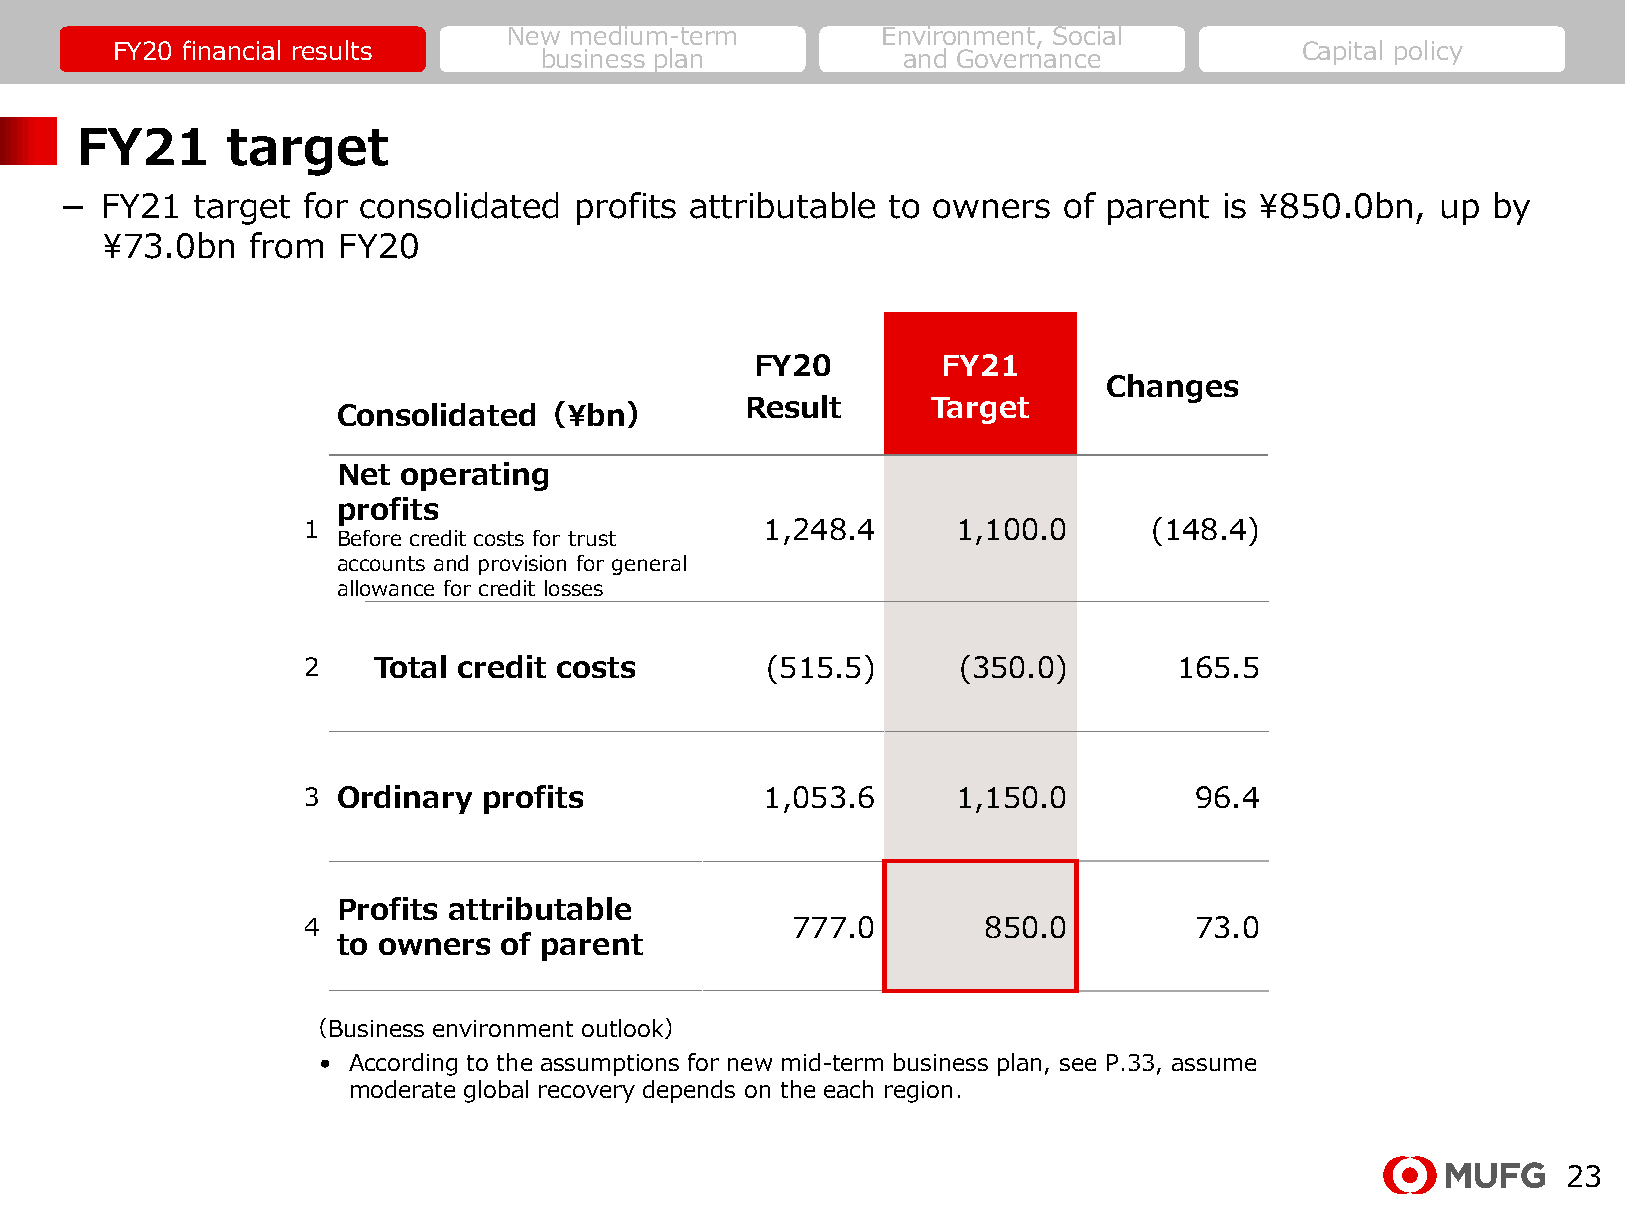
New medium-term         Environment, Social
 FY20 financial results                                                         Capital policy
 business plan           and Governance
 FY21      target
 －  FY21  target for consolidated  profits attributable to owners  of parent  is ¥850.0bn,  up  by
 ¥73.0bn   from FY20
 FY20        FY21
 Changes
 Result       Target
 Consolidated（¥bn）
 Net  operating
 profits
 1                              1,248.4     1,100.0      (148.4)
 Before credit costs for trust
 accounts and provision for general
 allowance for credit losses
 2    Total credit costs        (515.5)     (350.0)        165.5
 3 Ordinary  profits            1,053.6     1,150.0         96.4
 Profits attributable
 4                               777.0        850.0         73.0
 to owners  of parent
 （Business environment outlook）
 • According to the assumptions for new mid-term business plan, see P.33, assume
 moderate global recovery depends on the each region.
 23